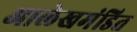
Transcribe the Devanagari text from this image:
आलेखमंडित